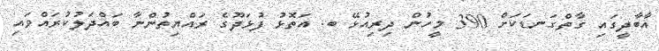
އާބާދީގައި ގާތްގަނޑަކަށް 390 މީހުން ދިރިއުޅޭ ބ. އަތޮޅު ފުޅަދޫގެ ރައްޔިތުންނާ ބައްދަލުކުރައްވައި